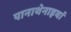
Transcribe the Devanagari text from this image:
पानाथेनाइयां